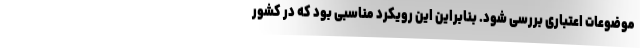
موضوعات اعتباری بررسی شود. بنابراین این رویکرد مناسبی بود که در کشور